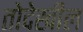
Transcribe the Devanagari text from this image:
तोदेखील